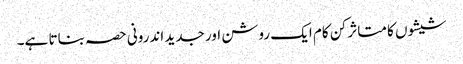
شیشوں کا متاثر کن کام ایک روشن اور جدید اندرونی حصہ بناتا ہے۔